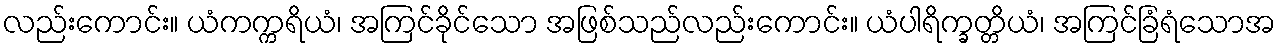
လည်းကောင်း။ ယံကက္ကရိယံ၊ အကြင်ခိုင်သော အဖြစ်သည်လည်းကောင်း။ ယံပါရိက္ခတ္တိယံ၊ အကြင်ခြံရံသောအ